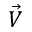
\vec { V }